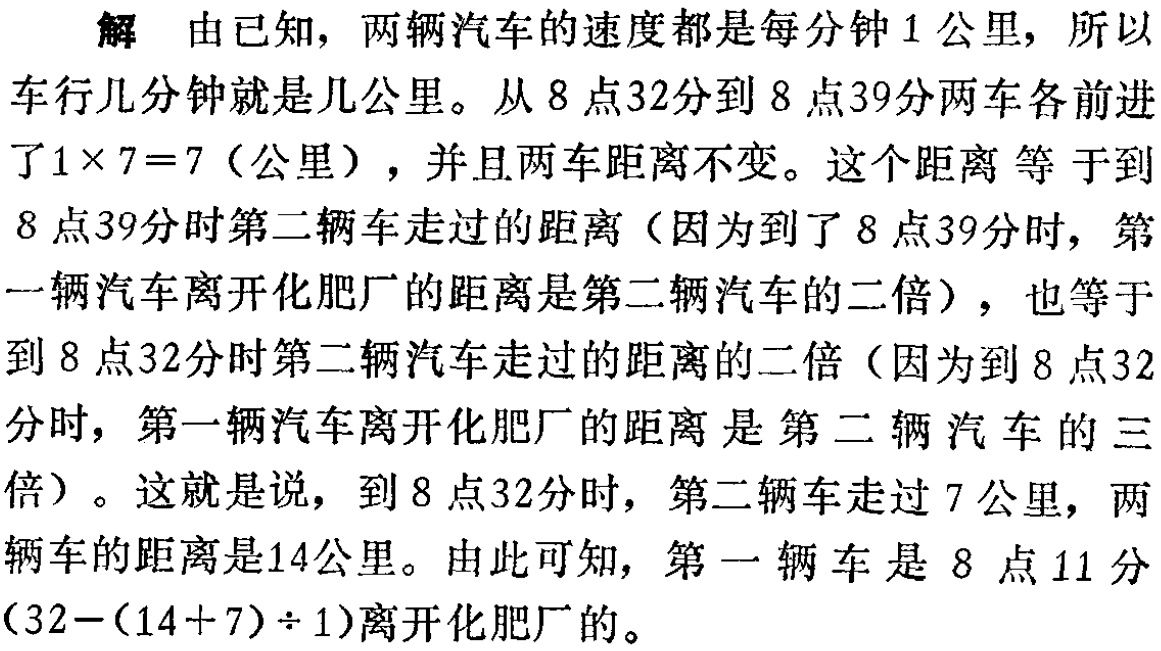
解 由已知，两辆汽车的速度都是每分钟\(1\)公里，所以

车行几分钟就是几公里。从\(8\)点\(32\)分到\(8\)点\(39\)分两车各前进

了\(1\times 7 = 7\)（公里），并且两车距离不变。这个距离 等 于到

\(8\)点\(39\)分时第二辆车走过的距离（因为到了\(8\)点\(39\)分时，第

一辆汽车离开化肥厂的距离是第二辆汽车的二倍），也等于

到\(8\)点\(32\)分时第二辆汽车走过的距离的二倍（因为到\(8\)点\(32\)

分时，第一辆汽车离开化肥厂的距离 是 第 二 辆 汽 车 的 三

倍）。这就是说，到\(8\)点\(32\)分时，第二辆车走过\(7\)公里，两

辆车的距离是\(14\)公里。由此可知，第 一 辆 车 是 \(8\) 点\(11\) 分

\((32-(14 + 7)\div 1)\)离开化肥厂的。